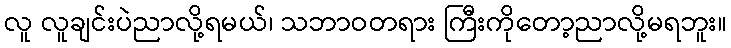
လူ လူချင်းပဲညာလို့ရမယ်၊ သဘာဝတရား ကြီးကိုတော့ညာလို့မရဘူး။